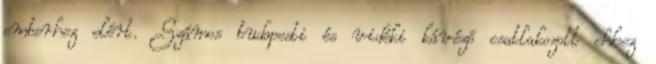
emberhez elért. Számos budapesti és vidéki kávézó csatlakozott ehhez